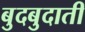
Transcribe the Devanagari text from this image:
बुदबुदाती